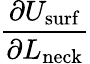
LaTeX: \frac{\partial U_{\mathrm{surf}}}{\partial L_{\mathrm{neck}}}